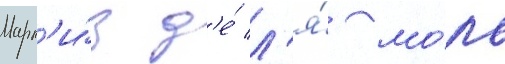
Марк'и́з д'е́ л'я́ мо́ль